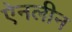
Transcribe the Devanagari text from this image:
ऐनलीन